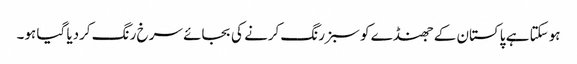
ہوسکتا ہے پاکستان کے جھنڈے کو سبز رنگ کرنے کی بجائے سرخ رنگ کردیا گیا ہو۔